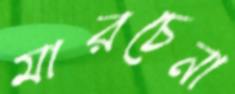
মারচেনা